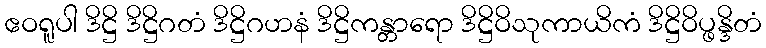
ဧဝရူပါ ဒိဋ္ဌိ ဒိဋ္ဌိဂတံ ဒိဋ္ဌိဂဟနံ ဒိဋ္ဌိကန္တာရော ဒိဋ္ဌိဝိသုကာယိကံ ဒိဋ္ဌိဝိပ္ဖန္ဒိတံ